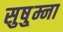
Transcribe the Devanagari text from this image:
सुषु्म्ना